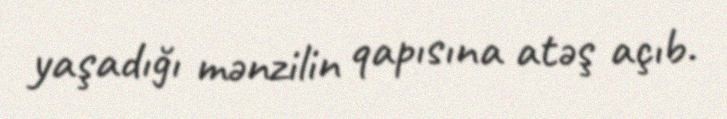
yaşadığı mənzilin qapısına atəş açıb.